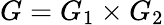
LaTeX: G=G_{1}\times G_{2}